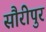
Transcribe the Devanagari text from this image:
सौरीपुर